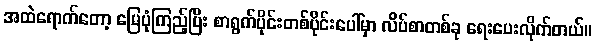
အထဲရောက်တော့ မြေပုံကြည့်ပြီး စာရွက်ပိုင်းတစ်ပိုင်းပေါ်မှာ လိပ်စာတစ်ခု ရေးပေးလိုက်တယ်။